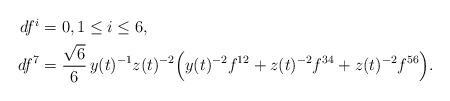
LaTeX: \begin{align*} \begin{aligned}df^i&=0, 1\leq i\leq 6, \\ df^7&=\frac{\sqrt{6}}{6}\,y(t)^{-1}z(t)^{-2}\Big(y(t)^{-2}f^{12}+z(t)^{-2}f^{34}+z(t)^{-2}f^{56}\Big).\end{aligned}\end{align*}